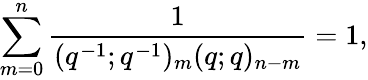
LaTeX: \sum_{m=0}^{n}\frac{1}{(q^{-1};q^{-1})_{m}(q;q)_{n-m}}=1,